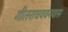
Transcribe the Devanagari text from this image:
गीतराघववनवास